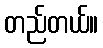
တည်တယ်။